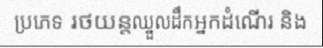
ប្រភេទ រថយន្តឈ្នួលដឹកអ្នកដំណើរ និង